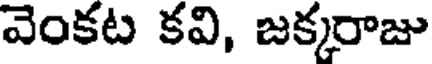
వెంకట కవి, జక్కరాజు